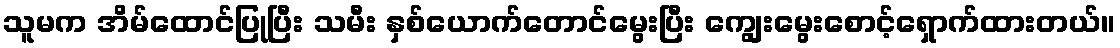
သူမက အိမ်ထောင်ပြုပြီး သမီး နှစ်ယောက်တောင်မွေးပြီး ကျွေးမွေးစောင့်ရှောက်ထားတယ်။